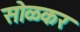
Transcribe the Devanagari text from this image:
सोळकर